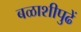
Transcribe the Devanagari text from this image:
बळाशीपुढें